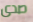
صدى